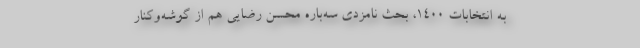
به انتخابات 1400، بحث نامزدی سه‌باره محسن رضایی هم از گوشه‌و‌کنار